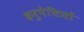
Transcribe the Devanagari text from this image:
हनुपेशियों